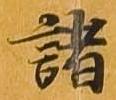
諸